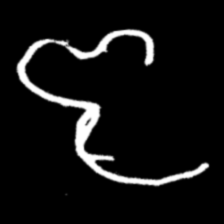
Pyu character \u2014 Myanmar letter: ဇ (romanized: ja)